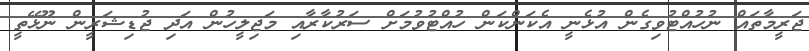
ޖަރީމާތައް ނުހުއްޓުވިގެން އުޅެނީ އެކަންކަން ހުއްޓުވުމަށް ސަރުކާރާއި މަޖިލީހުން އަދި ޖުޑިޝަރީން ނޫޅޭތީ